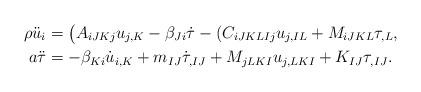
LaTeX: \begin{align*} \rho \ddot{u}_i &= \big(A_{iJKj} u_{j,K} - \beta_{Ji} \dot{\tau} -(C_{iJKLIj} u_{j,IL} + M_{iJKL} \tau_{,L}, \\a \ddot{\tau} &=-\beta_{Ki} \dot{u}_{i,K} + m_{IJ}\dot{\tau}_{,IJ} + M_{jLKI} u_{j,LKI} + K_{IJ}\tau_{,IJ}.\end{align*}